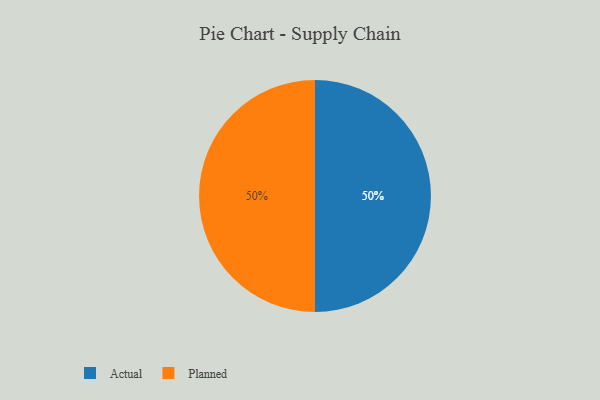
{"axis": {"x": "Category", "y": "Percentage"}, "legend": ["Actual", "Planned"], "data": [{"x": "Actual", "y": 50, "type": "Actual"}, {"x": "Planned", "y": 50, "type": "Planned"}]}